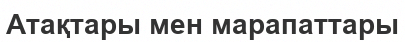
Атақтары мен марапаттары